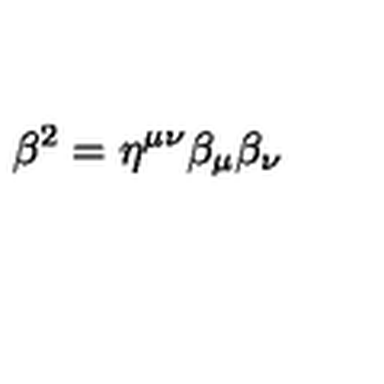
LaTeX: \beta ^ { 2 } = \eta ^ { \mu \nu } \beta _ { \mu } \beta _ { \nu }